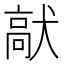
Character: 𩫈